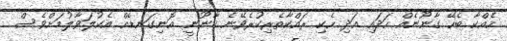
ހެއްކާ ބެހޭ ގާނޫނެއް ހަދައި އަދި ހެކި ރައްކާތެރިކުރެވޭނެ ޤާނޫނީ އޮނިގަނޑެއް އެކުލަވާލުމަށްވެސް